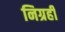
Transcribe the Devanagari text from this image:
निग्रही